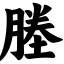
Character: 塍